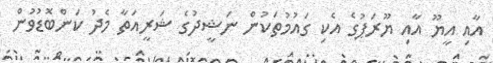
އާއި އީޔޫ އާއި ޔޫރަޕުގެ އެކި ގައުމުތަކުން ނަޝީދުގެ ޝަރީއަތާ މެދު ކަންބޮޑުވުން